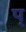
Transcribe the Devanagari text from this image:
प्‌